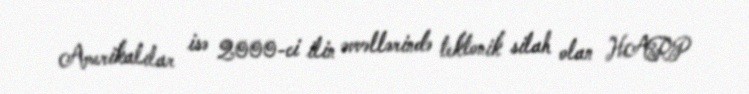
Amerikalılar isə 2000-ci ilin əvvəllərində tektonik silah olan HARP